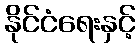
နိုင်ငံရေးနှင့်